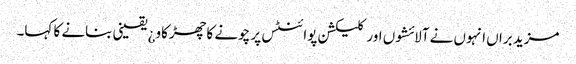
مزید براں انہوں نے آلائشوں اور کلیکشن پوائنٹس پر چونے کا چھڑکاو¿ یقینی بنانے کا کہا۔